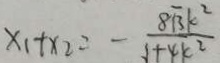
x _ { 1 } + x _ { 2 } = - \frac { 8 \sqrt { 3 } k ^ { 2 } } { 1 + 4 k ^ { 2 } }